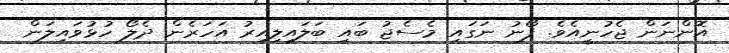
އޮންނަން ޖެހުނީއެވެ. ފޯނު ނަގައި މެސެޖު ބައި ބަލައިލިއިރު އަހަރެން ދެލޯ ހުޅުވައިލަން